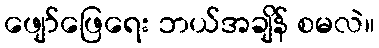
ဖျော်ဖြေရေး ဘယ်အချိန် စမလဲ။